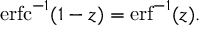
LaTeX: \operatorname { e r f c } ^ { - 1 } ( 1 - z ) = \operatorname { e r f } ^ { - 1 } ( z ) .